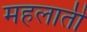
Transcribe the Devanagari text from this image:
महलाती